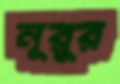
নূরুর